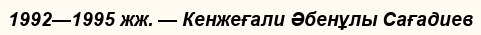
1992—1995 жж. — Кенжеғали Әбенұлы Сағадиев